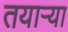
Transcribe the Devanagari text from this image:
तयाऱ्या